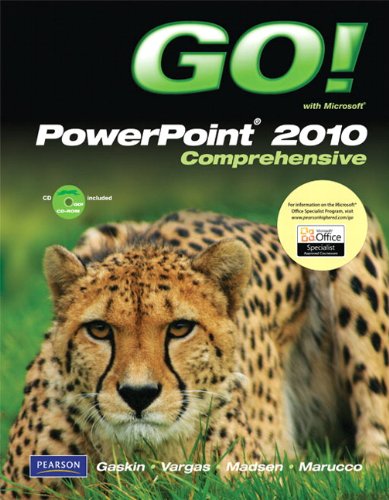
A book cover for GO! with Microsoft PowerPoint 2010, Comprehensive; Shelley Gaskin; Computers & Technology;